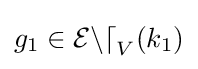
g_{1}\in {\mathcal {End}}_{V}(k_{1})